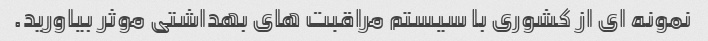
نمونه ای از کشوری با سیستم مراقبت های بهداشتی موثر بیاورید.